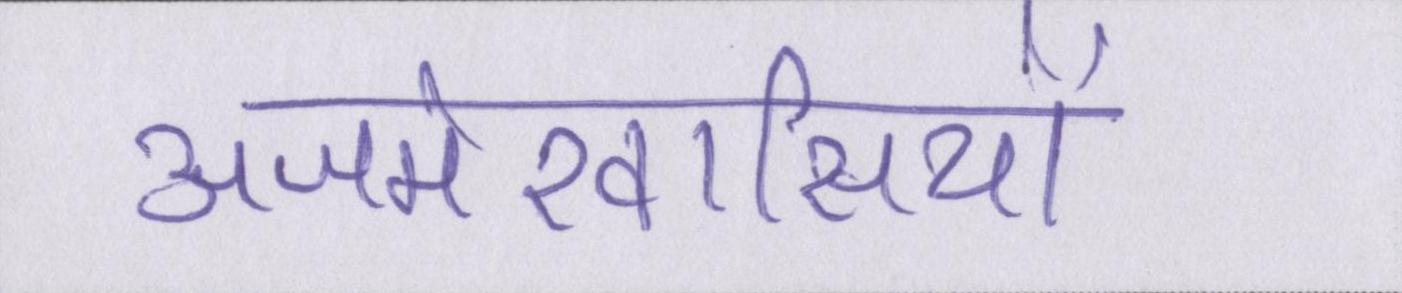
अजमेरवासियों